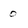
Character: 0